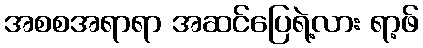
အစစအရာရာ အဆင်ပြေရဲ့လား ရာ့ဖ်